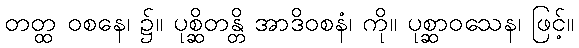
တတ္ထ ဝစနေ၊ ၌။ ပုစ္ဆိတန္တိ အာဒိဝစနံ၊ ကို။ ပုစ္ဆာဝသေန၊ ဖြင့်။